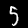
Label: 5